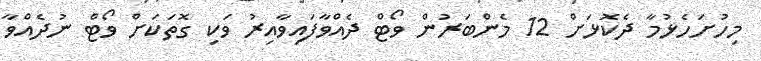
މިހުށަހެޅުމާ ދެކޮޅަށް 12 މެންބަރުން ވޯޓް ދެއްވާފައިވާއިރު ވަކި ގޮތަކަށް ވޯޓް ނުދެއްވާ